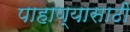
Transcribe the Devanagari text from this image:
पाहाण्यासाठी